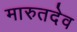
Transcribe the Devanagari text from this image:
मारुतदेव